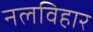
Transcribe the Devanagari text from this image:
नलविहार